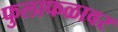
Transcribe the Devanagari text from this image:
फुलाफळावर